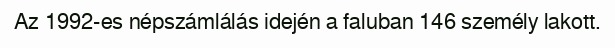
Az 1992-es népszámlálás idején a faluban 146 személy lakott.